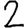
Digit: 2